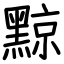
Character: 黥